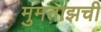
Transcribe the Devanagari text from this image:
मुमताझची